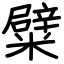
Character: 糪